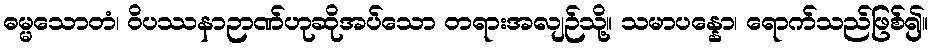
ဓမ္မသောတံ၊ ဝိပဿနာဉာဏ်ဟုဆိုအပ်သော တရားအလျဉ်သို့။ သမာပန္နော၊ ရောက်သည်ဖြစ်၍။